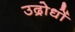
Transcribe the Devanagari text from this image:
उद्रोधों